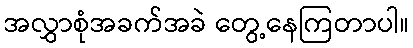
အလွှာစုံအခက်အခဲ တွေ့နေကြတာပါ။